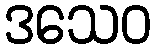
ဒသေဝ